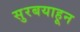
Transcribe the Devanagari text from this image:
सुरबयाहून